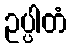
ဥပ္ပါတံ